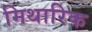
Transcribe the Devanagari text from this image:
मिथारिक